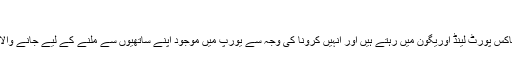
'
مور دین ٹو کے مصنف ویاکس پورٹ لینڈ اوریگون میں رہتے ہیں اور انہیں کرونا کی وجہ سے یورپ میں موجود اپنے ساتھیوں سے ملنے کے لیے جانے والا دورہ منسوخ کرنا پڑا ہے۔